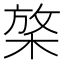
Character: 𱣬